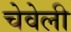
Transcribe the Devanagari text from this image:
चेवेली